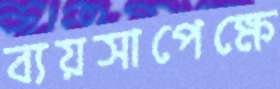
ব্যয়সাপেক্ষে